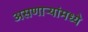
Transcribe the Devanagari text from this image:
असणाऱ्यांमध्ये